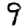
Digit: 9